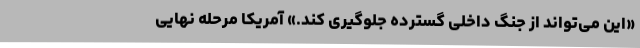
«این می‌تواند از جنگ داخلی گسترده جلوگیری کند.» آمریکا مرحله نهایی